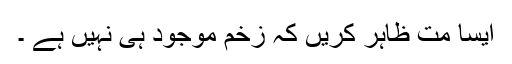
ایسا مت ظاہر کریں کہ زخم موجود ہی نہیں ہے ۔